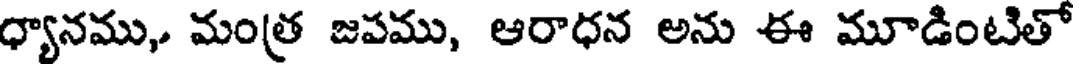
ధ్యానము, మంత్ర జపము, ఆరాధన అను ఈ మూడింటితో